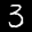
Label: 3